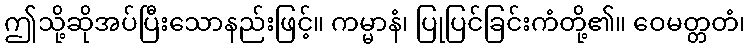
ဤသို့ဆိုအပ်ပြီးသောနည်းဖြင့်။ ကမ္မာနံ၊ ပြုပြင်ခြင်းကံတို့၏။ ဝေမတ္တတံ၊